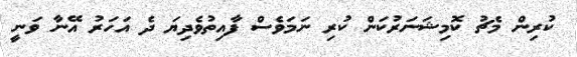
ކުރިން މެޗު ކޮމިޝަނަރުކަން ކުރި ނަމަވެސް ފާއިތުވެދިޔަ ދެ އަހަރު އޭނާ ވަނީ